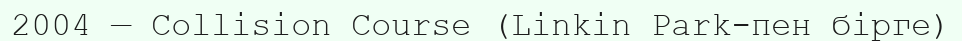
2004 — Collision Course (Linkin Park-пен бірге)